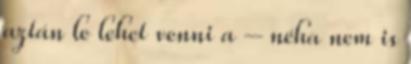
aztán le lehet venni a – néha nem is